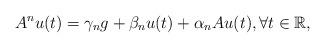
LaTeX: \begin{align*}A^nu(t)=\gamma_ng+\beta_nu(t)+\alpha_nAu(t), \forall t \in \mathbb{R},\end{align*}